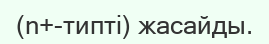
(n+-типті) жасайды.